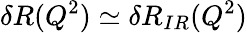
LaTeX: \delta R(Q^{2})\simeq\delta R_{IR}(Q^{2})